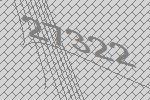
27322